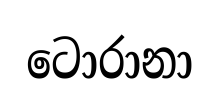
ටොරානා